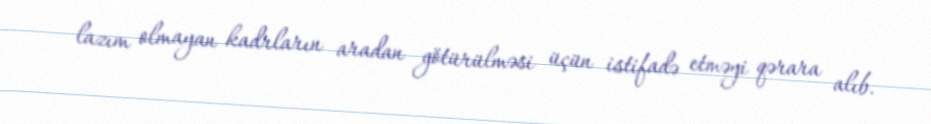
lazım olmayan kadrların aradan götürülməsi üçün istifadə etməyi qərara alıb.